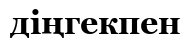
діңгекпен